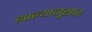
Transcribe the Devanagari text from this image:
झाल्यानुसार